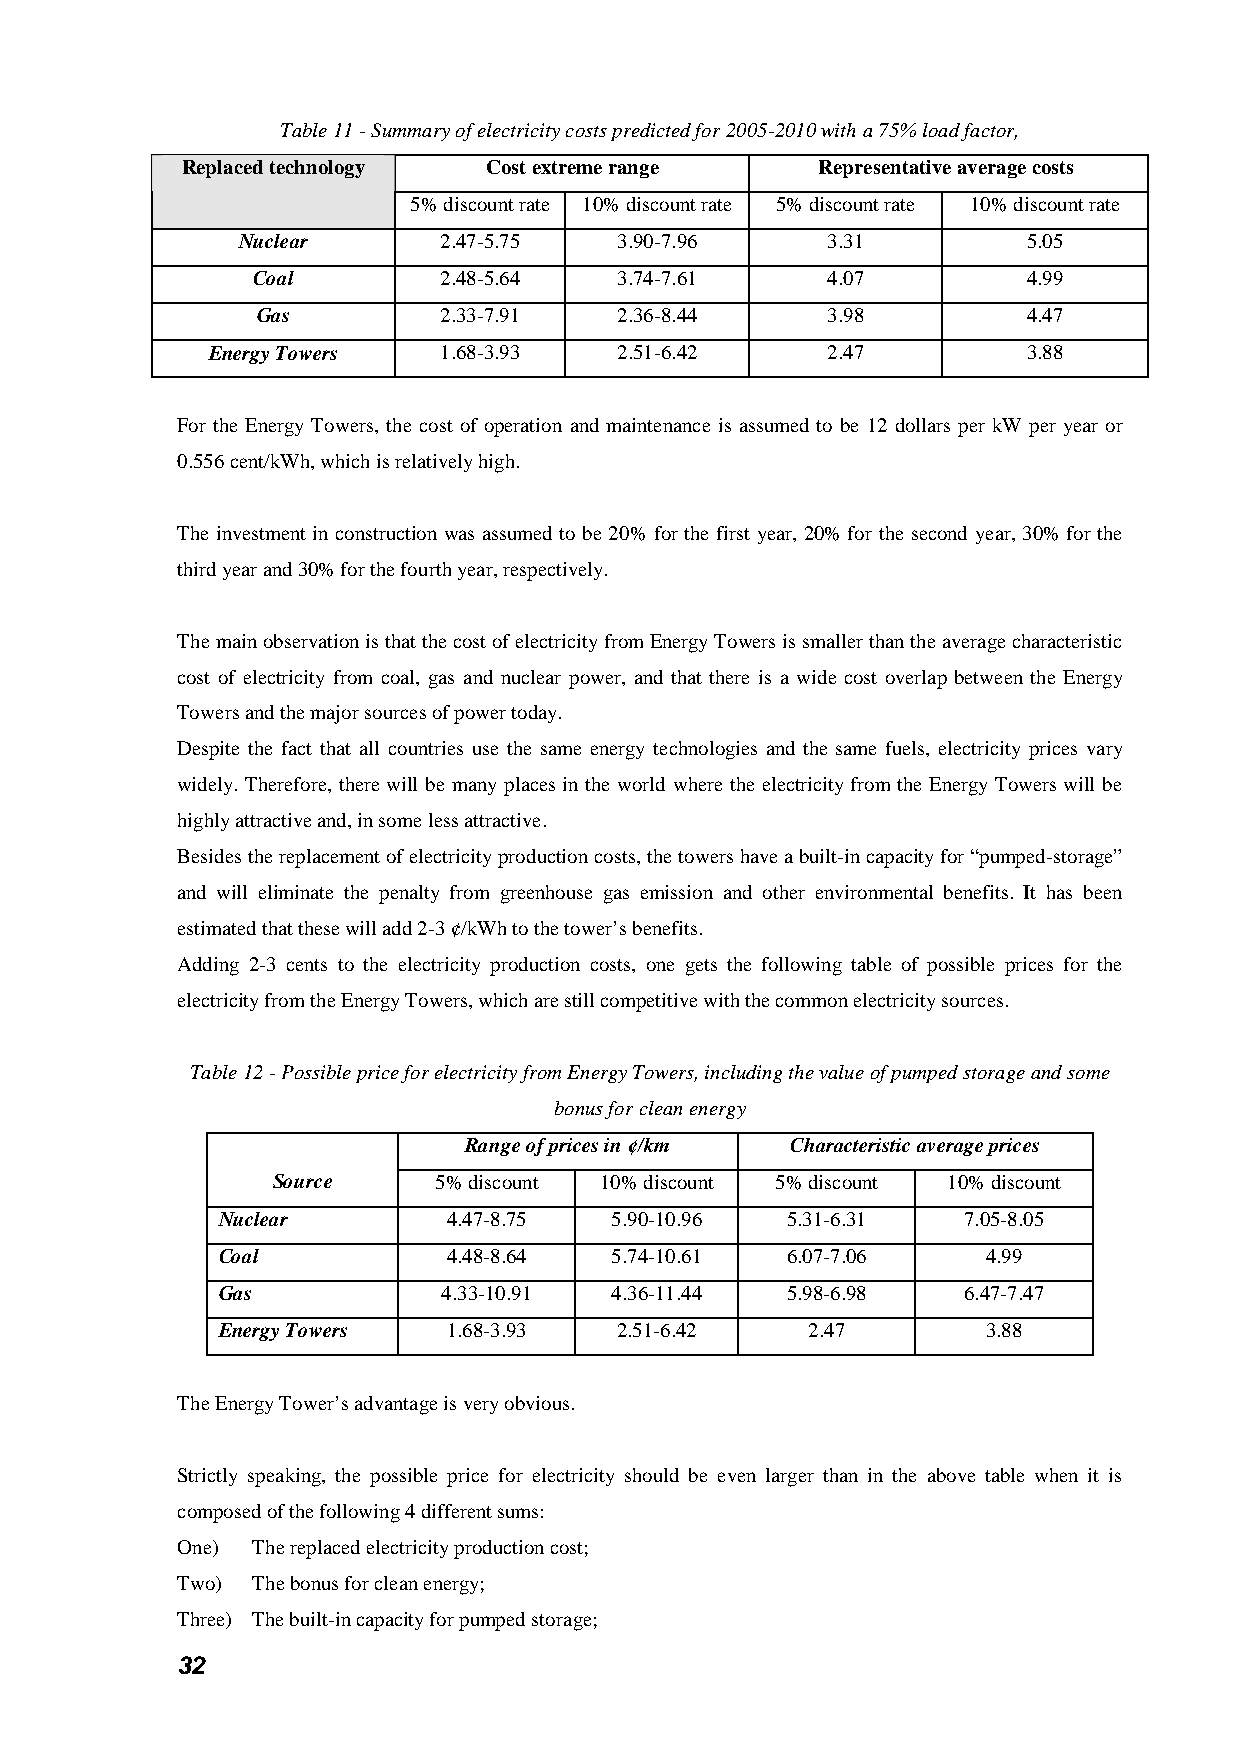
Table 11 - Summary of electricity costs predicted for 2005-2010 with a 75% load factor,
 Replaced technology Cost extreme range    Representative average costs
 5% discount rate 10% discount rate 5% discount rate 10% discount rate
 Nuclear      2.47-5.75   3.90-7.96     3.31         5.05
 Coal        2.48-5.64   3.74-7.61     4.07         4.99
 Gas         2.33-7.91   2.36-8.44     3.98         4.47
 Energy Towers  1.68-3.93   2.51-6.42     2.47         3.88
 For the Energy Towers, the cost of operation and maintenance is assumed to be 12 dollars per kW per year or
 0.556 cent/kWh, which is relatively high.
 The investment in construction was assumed to be 20% for the first year, 20% for the second year, 30% for the
 third year and 30% for the fourth year, respectively.
 The main observation is that the cost of electricity from Energy Towers is smaller than the average characteristic
 cost of electricity from coal, gas and nuclear power, and that there is a wide cost overlap between the Energy
 Towers and the major sources of power today.
 Despite the fact that all countries use the same energy technologies and the same fuels, electricity prices vary
 widely. Therefore, there will be many places in the world where the electricity from the Energy Towers will be
 highly attractive and, in some less attractive.
 Besides the replacement of electricity production costs, the towers have a built-in capacity for “pumped-storage”
 and will eliminate the penalty from greenhouse gas emission and other environmental benefits. It has been
 estimated that these will add 2-3 ¢/kWh to the tower’s benefits.
 Adding 2-3 cents to the electricity production costs, one gets the following table of possible prices for the
 electricity from the Energy Towers, which are still competitive with the common electricity sources.
 Table 12 - Possible price for electricity from Energy Towers, including the value of pumped storage and some
 bonus for clean energy
 Range of prices in ¢/km Characteristic average prices
 Source     5% discount 10% discount 5% discount 10% discount
 Nuclear         4.47-8.75 5.90-10.96  5.31-6.31   7.05-8.05
 Coal            4.48-8.64 5.74-10.61  6.07-7.06    4.99
 Gas            4.33-10.91 4.36-11.44  5.98-6.98   6.47-7.47
 Energy Towers   1.68-3.93  2.51-6.42   2.47        3.88
 The Energy Tower’s advantage is very obvious.
 Strictly speaking, the possible price for electricity should be even larger than in the above table when it is
 composed of the following 4 different sums:
 One) The replaced electricity production cost;
 Two) The bonus for clean energy;
 Three) The built-in capacity for pumped storage;
 32